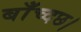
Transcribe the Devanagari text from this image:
बाँच्दछ।